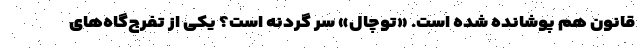
قانون هم پوشانده شده است. «توچال» سر گردنه است؟ یکی از تفرج‌گاه‌های